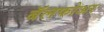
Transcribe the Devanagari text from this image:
बॅलफोअर